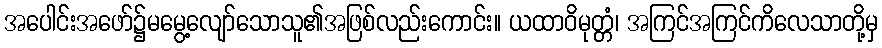
အပေါင်းအဖော်၌မမွေ့လျော်သောသူ၏အဖြစ်လည်းကောင်း။ ယထာဝိမုတ္တံ၊ အကြင်အကြင်ကိလေသာတို့မှ